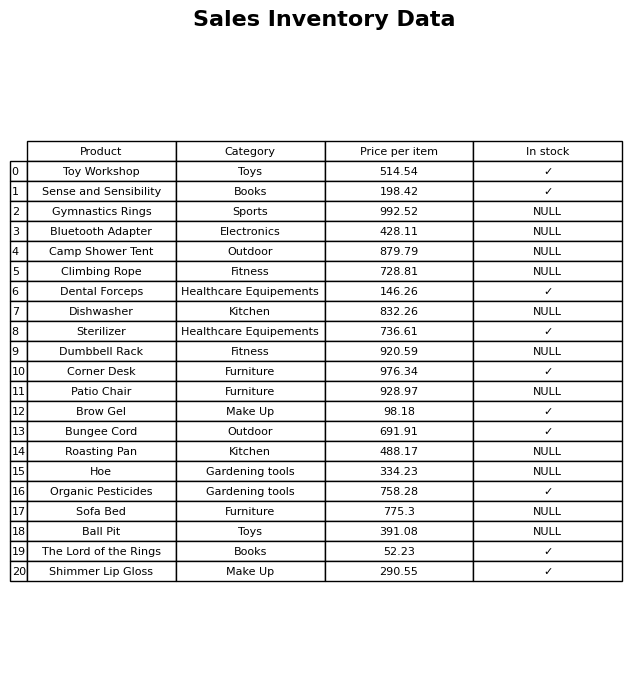
question: What is the stock status of the Sense and Sensibility?
answer: ✓